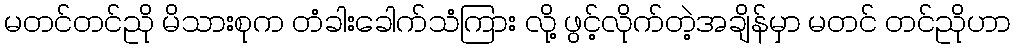
မတင်တင်ညို မိသားစုက တံခါးခေါက်သံကြား လို့ ဖွင့်လိုက်တဲ့အချိန်မှာ မတင် တင်ညိုဟာ